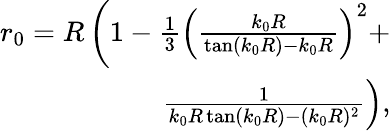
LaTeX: \begin{array}{r}{r_{0}=R\left(1-\frac{1}{3}\left(\frac{k_{0}R}{\tan(k_{0}R)-k_{0}R}\right)^{2}+\right.}\\ {\left.\frac{1}{k_{0}R\tan(k_{0}R)-(k_{0}R)^{2}}\right),}\end{array}